Rangoon Lunatic Asylum 1893-1897 - 1893-1897
Year: 1893
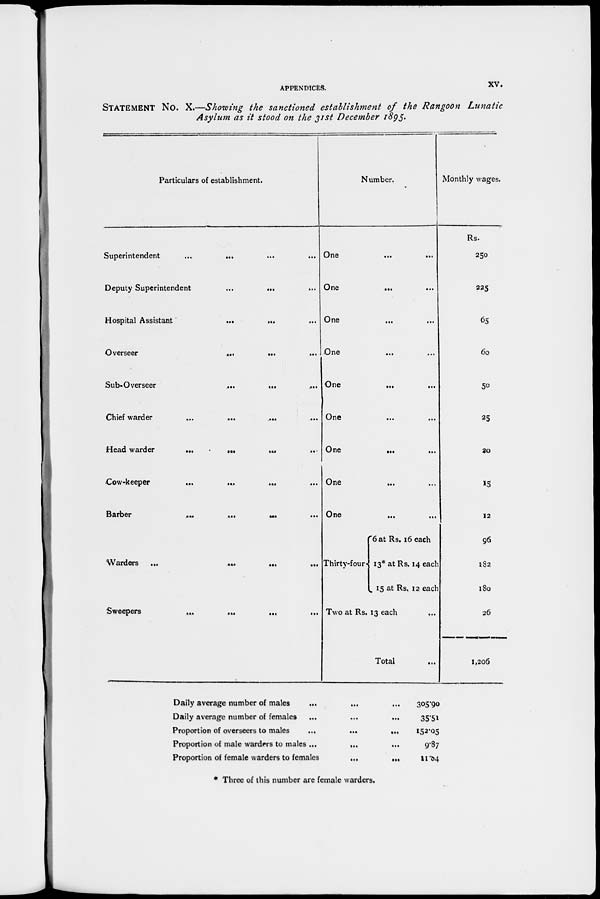
APPENDICES.
xv.
STATEMENT NO. X.—Showing the sanctioned establishment of the Rangoon Lunatic
Asylum as it stood on the 31st December 1895.
Particulars of establishment.
Superintendent
...
... ... ...
Deputy Superintendent
...
... ...
Hospital Assistant ... ... ...
Overseer
...
...
...
Sub-Overseer ... ... ...
Chief warder
...
...
...
...
Head warder
...
...
... ...
Cow-keeper
...
...
...
...
Barber
...
...
...
...
Warders
...
...
...
...
Sweepers ... ... ... ...
Number.
One
...
...
One
... ...
One
... ...
One
... ...
One
... ...
One
...
...
One
... ...
One ... ...
One ... ...
Thirty-four
6 at Rs. 16 each
13* at Rs. 14 each
15 at Rs. 12 each
Two at Rs. 13 each
Total ...
Monthly wages.
Rs.
250
225
65
60
50
25
20
15
12
96
182
180
26
1,206
Daily average number of males ... ... ...
Daily average number of females ... ... ...
Proportion of overseers to males
...
...
...
Proportion of male warders to males ...
...
...
Proportion of female warders to females
...
...
305.90
35.51
152.05
9.87
11.84
* Three of this number are female warders.